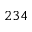
2 3 4